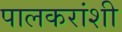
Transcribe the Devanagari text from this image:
पालकरांशी